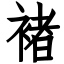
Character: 褚